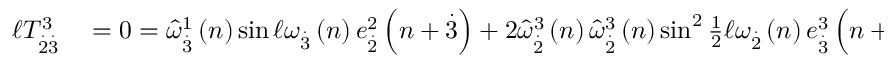
\begin{array} { r l } { \mathcal { \ell } T _ { \overset { . } { 2 } \overset { . } { 3 } } ^ { 3 } } & { { } = 0 = \widehat { \omega } _ { \overset { . } { 3 } } ^ { 1 } \left( n \right) \sin \mathcal { \ell } \omega _ { \overset { . } { 3 } } \left( n \right) e _ { \overset { . } { 2 } } ^ { 2 } \left( n + \overset { . } { 3 } \right) + 2 \widehat { \omega } _ { \overset { . } { 2 } } ^ { 3 } \left( n \right) \widehat { \omega } _ { \overset { . } { 2 } } ^ { 3 } \left( n \right) \sin ^ { 2 } \frac { 1 } { 2 } \mathcal { \ell } \omega _ { \overset { . } { 2 } } \left( n \right) e _ { \overset { . } { 3 } } ^ { 3 } \left( n + \overset { . } { 2 } \right) } \end{array}